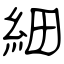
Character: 細